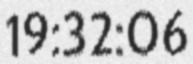
19:32:06